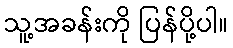
သူ့အခန်းကို ပြန်ပို့ပါ။